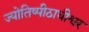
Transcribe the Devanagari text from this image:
ज्योतिष्पीठाधीश्वर